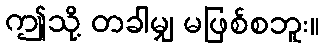
ဤသို့ တခါမျှ မဖြစ်စဘူး။